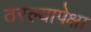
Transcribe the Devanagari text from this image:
ठरल्यापेक्षा